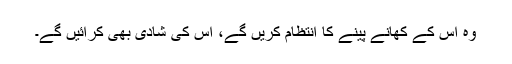
وہ اس کے کھانے پینے کا انتظام کریں گے، اس کی شادی بھی کرائیں گے۔